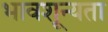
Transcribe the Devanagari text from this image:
भावशून्यता